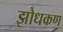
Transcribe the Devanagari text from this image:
झोधकण